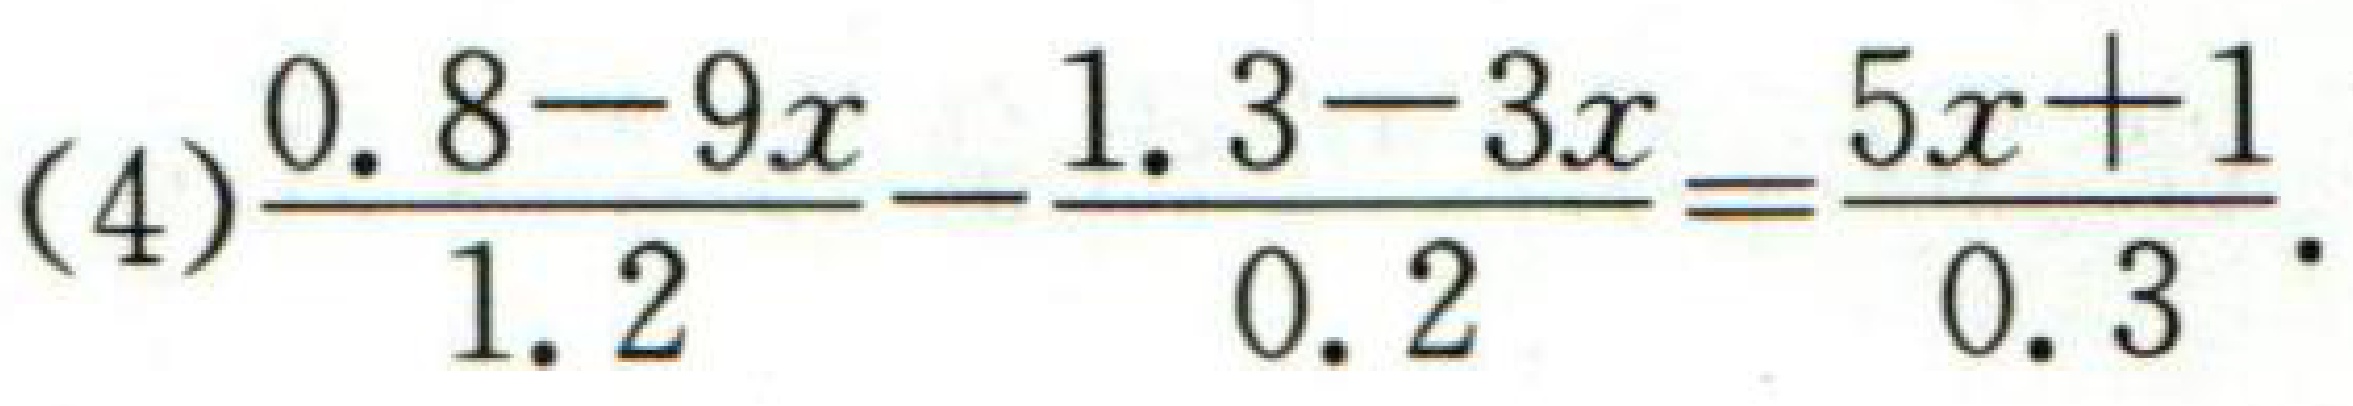
(4)$\frac{0.8 - 9x}{1.2}-\frac{1.3 - 3x}{0.2}=\frac{5x + 1}{0.3}$.